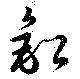
鈆